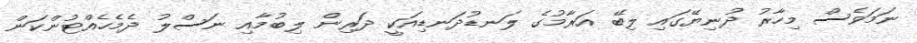
ނަމަވެސް މިހާރު ދުނިޔޭގައި ލިބޭ އަރާމުގެ ލަނޑުދަނޑިއަކީ ދަރިން ލިބުމާއި ނަސްލު ދެމެހެއްޓުންކަން